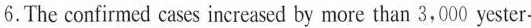
6.The confirmed cases increased by more than 3,000 yester-